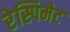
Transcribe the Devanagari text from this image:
रेस्पिमेट